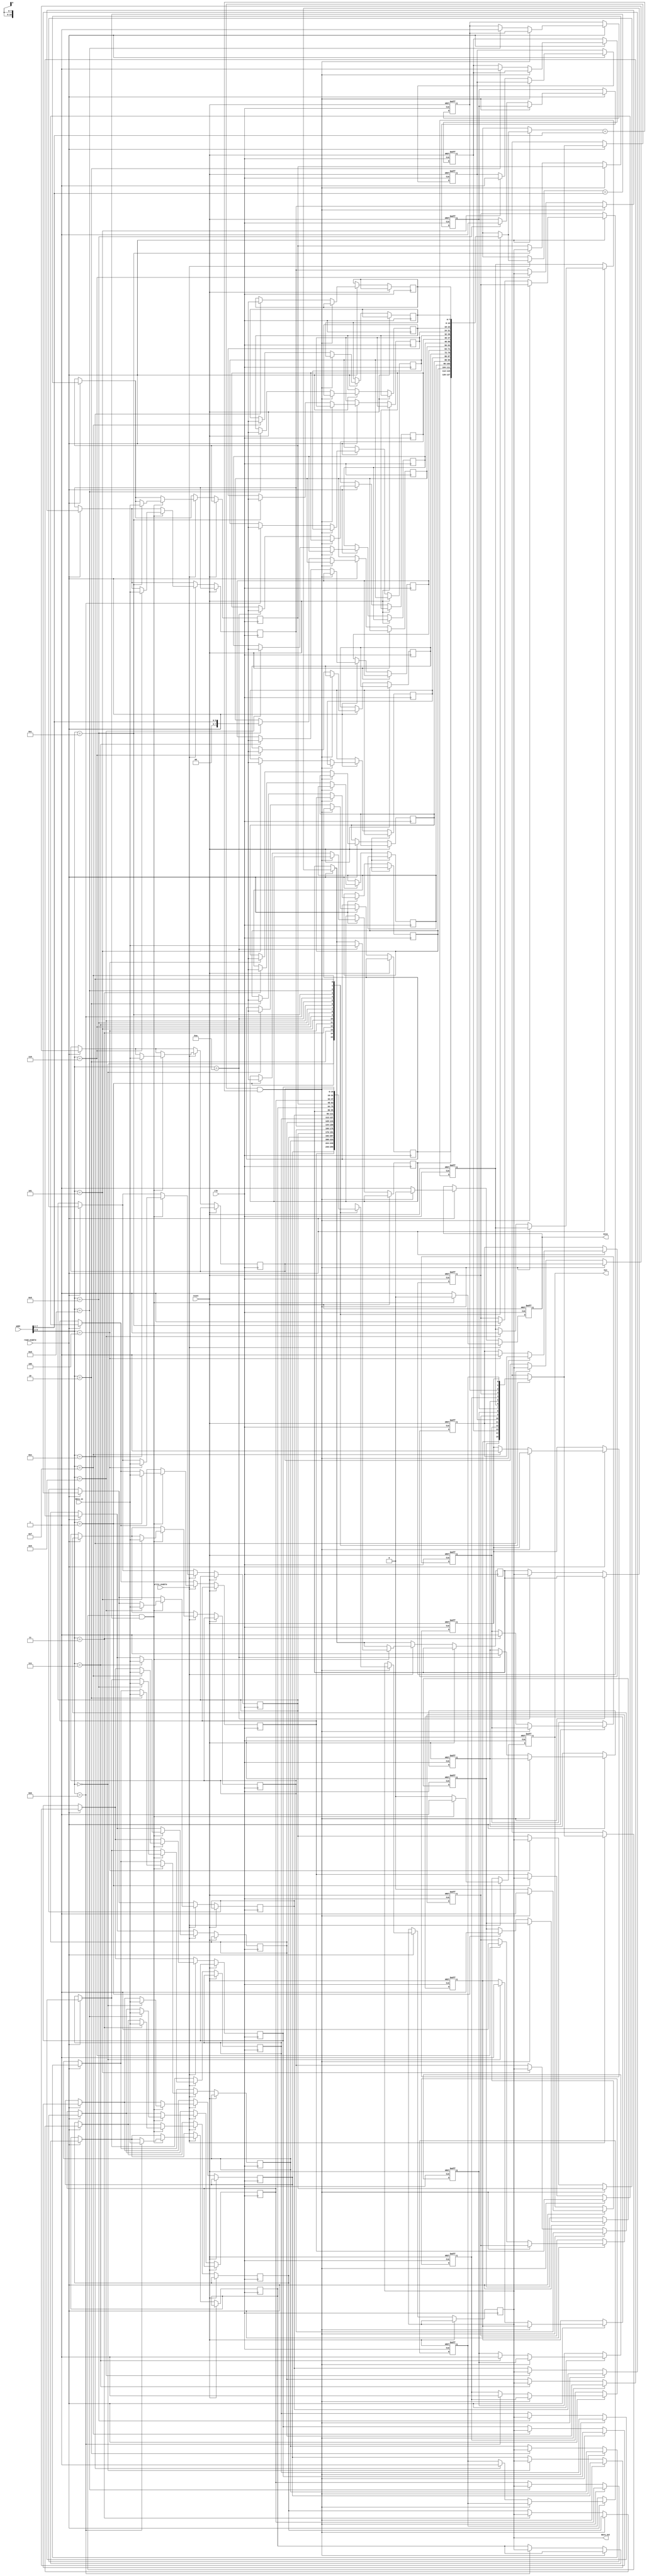
module PrivateCache #(
    parameter CACHE_SIZE = 256,  // Cache size in bytes
    parameter BLOCK_SIZE = 16,    // Block size in bytes
    parameter NUM_BLOCKS = (CACHE_SIZE / BLOCK_SIZE),
    parameter ADDR_WIDTH = 8       // Address width
)(
    input wire clk,
    input wire reset,
    input wire [ADDR_WIDTH-1:0] addr, // Address from I/O blocks
    input wire [BLOCK_SIZE-1:0] data_in, // Data to write
    input wire read_enable,           // Read control signal
    input wire write_enable,          // Write control signal
    output reg [BLOCK_SIZE-1:0] data_out, // Data output
    output reg hit,                   // Hit signal
    output reg miss                   // Miss signal
);
    // Cache line structure
    reg [BLOCK_SIZE-1:0] cache_data[0:NUM_BLOCKS-1];
    reg [ADDR_WIDTH-1:0] tags[0:NUM_BLOCKS-1];
    reg valid[0:NUM_BLOCKS-1];         // Valid bit
    reg dirty[0:NUM_BLOCKS-1];         // Dirty bit (for write-back)
    
    // Additional signals for replacement policy and LRU tracking
    integer i;
    integer lru_counter[0:NUM_BLOCKS-1];

    // Initialize cache
    initial begin
        for (i = 0; i < NUM_BLOCKS; i = i + 1) begin
            valid[i] = 0;
            dirty[i] = 0;
            lru_counter[i] = 0;
        end
    end
    
    wire [ADDR_WIDTH-1:0] index = addr[ADDR_WIDTH-1:2];  // Use lower bits for index
    wire [ADDR_WIDTH-1:2] tag = addr[ADDR_WIDTH-1:2];    // Use upper bits for tag
    
    always @(posedge clk or posedge reset) begin
        if (reset) begin
            // Reset cache states
            for (i = 0; i < NUM_BLOCKS; i = i + 1) begin
                valid[i] = 0;
                dirty[i] = 0;
            end
            hit <= 0;
            miss <= 0;
        end else begin
            // Read operation
            if (read_enable) begin
                if (valid[index] && (tags[index] == tag)) begin
                    // Cache hit
                    data_out <= cache_data[index];
                    hit <= 1;
                    miss <= 0;
                end else begin
                    // Cache miss
                    hit <= 0;
                    miss <= 1;
                    // Fetch data from main memory (pseudo-code)
                    // data_out <= main_memory[addr];
                    
                    // Update cache (for simplicity, cache line will be filled)
                    cache_data[index] <= data_out; // Simulated data fetch from memory
                    tags[index] <= tag;
                    valid[index] <= 1;
                    dirty[index] <= 0; // Assume it's not dirty on a read miss
                end
            end
            
            // Write operation
            if (write_enable) begin
                if (valid[index] && (tags[index] == tag)) begin
                    // Cache hit, write data to cache
                    cache_data[index] <= data_in;
                    dirty[index] <= 1;
                    hit <= 1;
                    miss <= 0;
                end else begin
                    // Cache miss
                    hit <= 0;
                    miss <= 1;
                    
                    // Simulate fetching data from memory to update the cache
                    // Assuming write-back, dirty handling (not implemented)
                    // cache_data[index] <= data_in;
                    // tags[index] <= tag;
                    // valid[index] <= 1;
                    // dirty[index] <= 1; // Mark as dirty due to write
                end
            end
        end
    end
endmodule